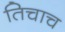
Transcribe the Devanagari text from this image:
तिचाच